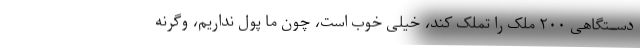
دســتگاهی ۲۰۰ ملک را تملک کند، خیلی خوب است، چون ما پول نداریم، وگرنه